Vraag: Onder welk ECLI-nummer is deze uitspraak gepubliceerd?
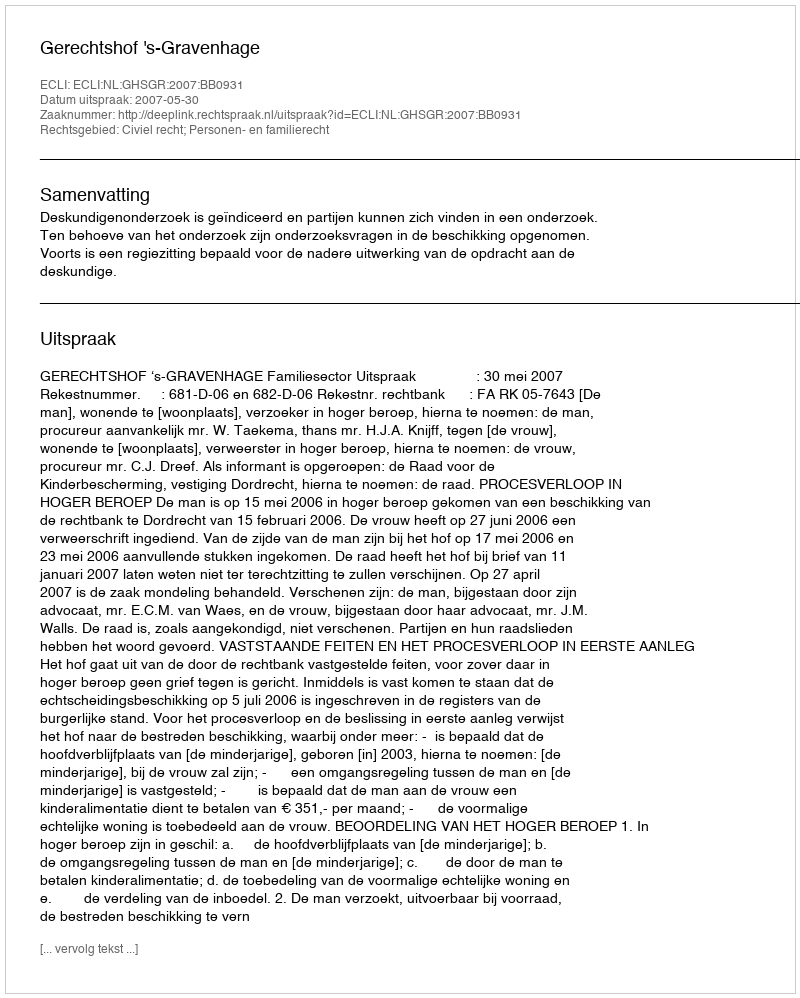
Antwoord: ECLI:NL:GHSGR:2007:BB0931